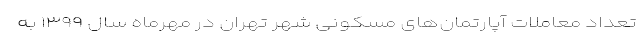
تعداد معاملات آپارتمان‌های مسکونی شهر تهران در مهرماه سال ۱۳۹۹ به